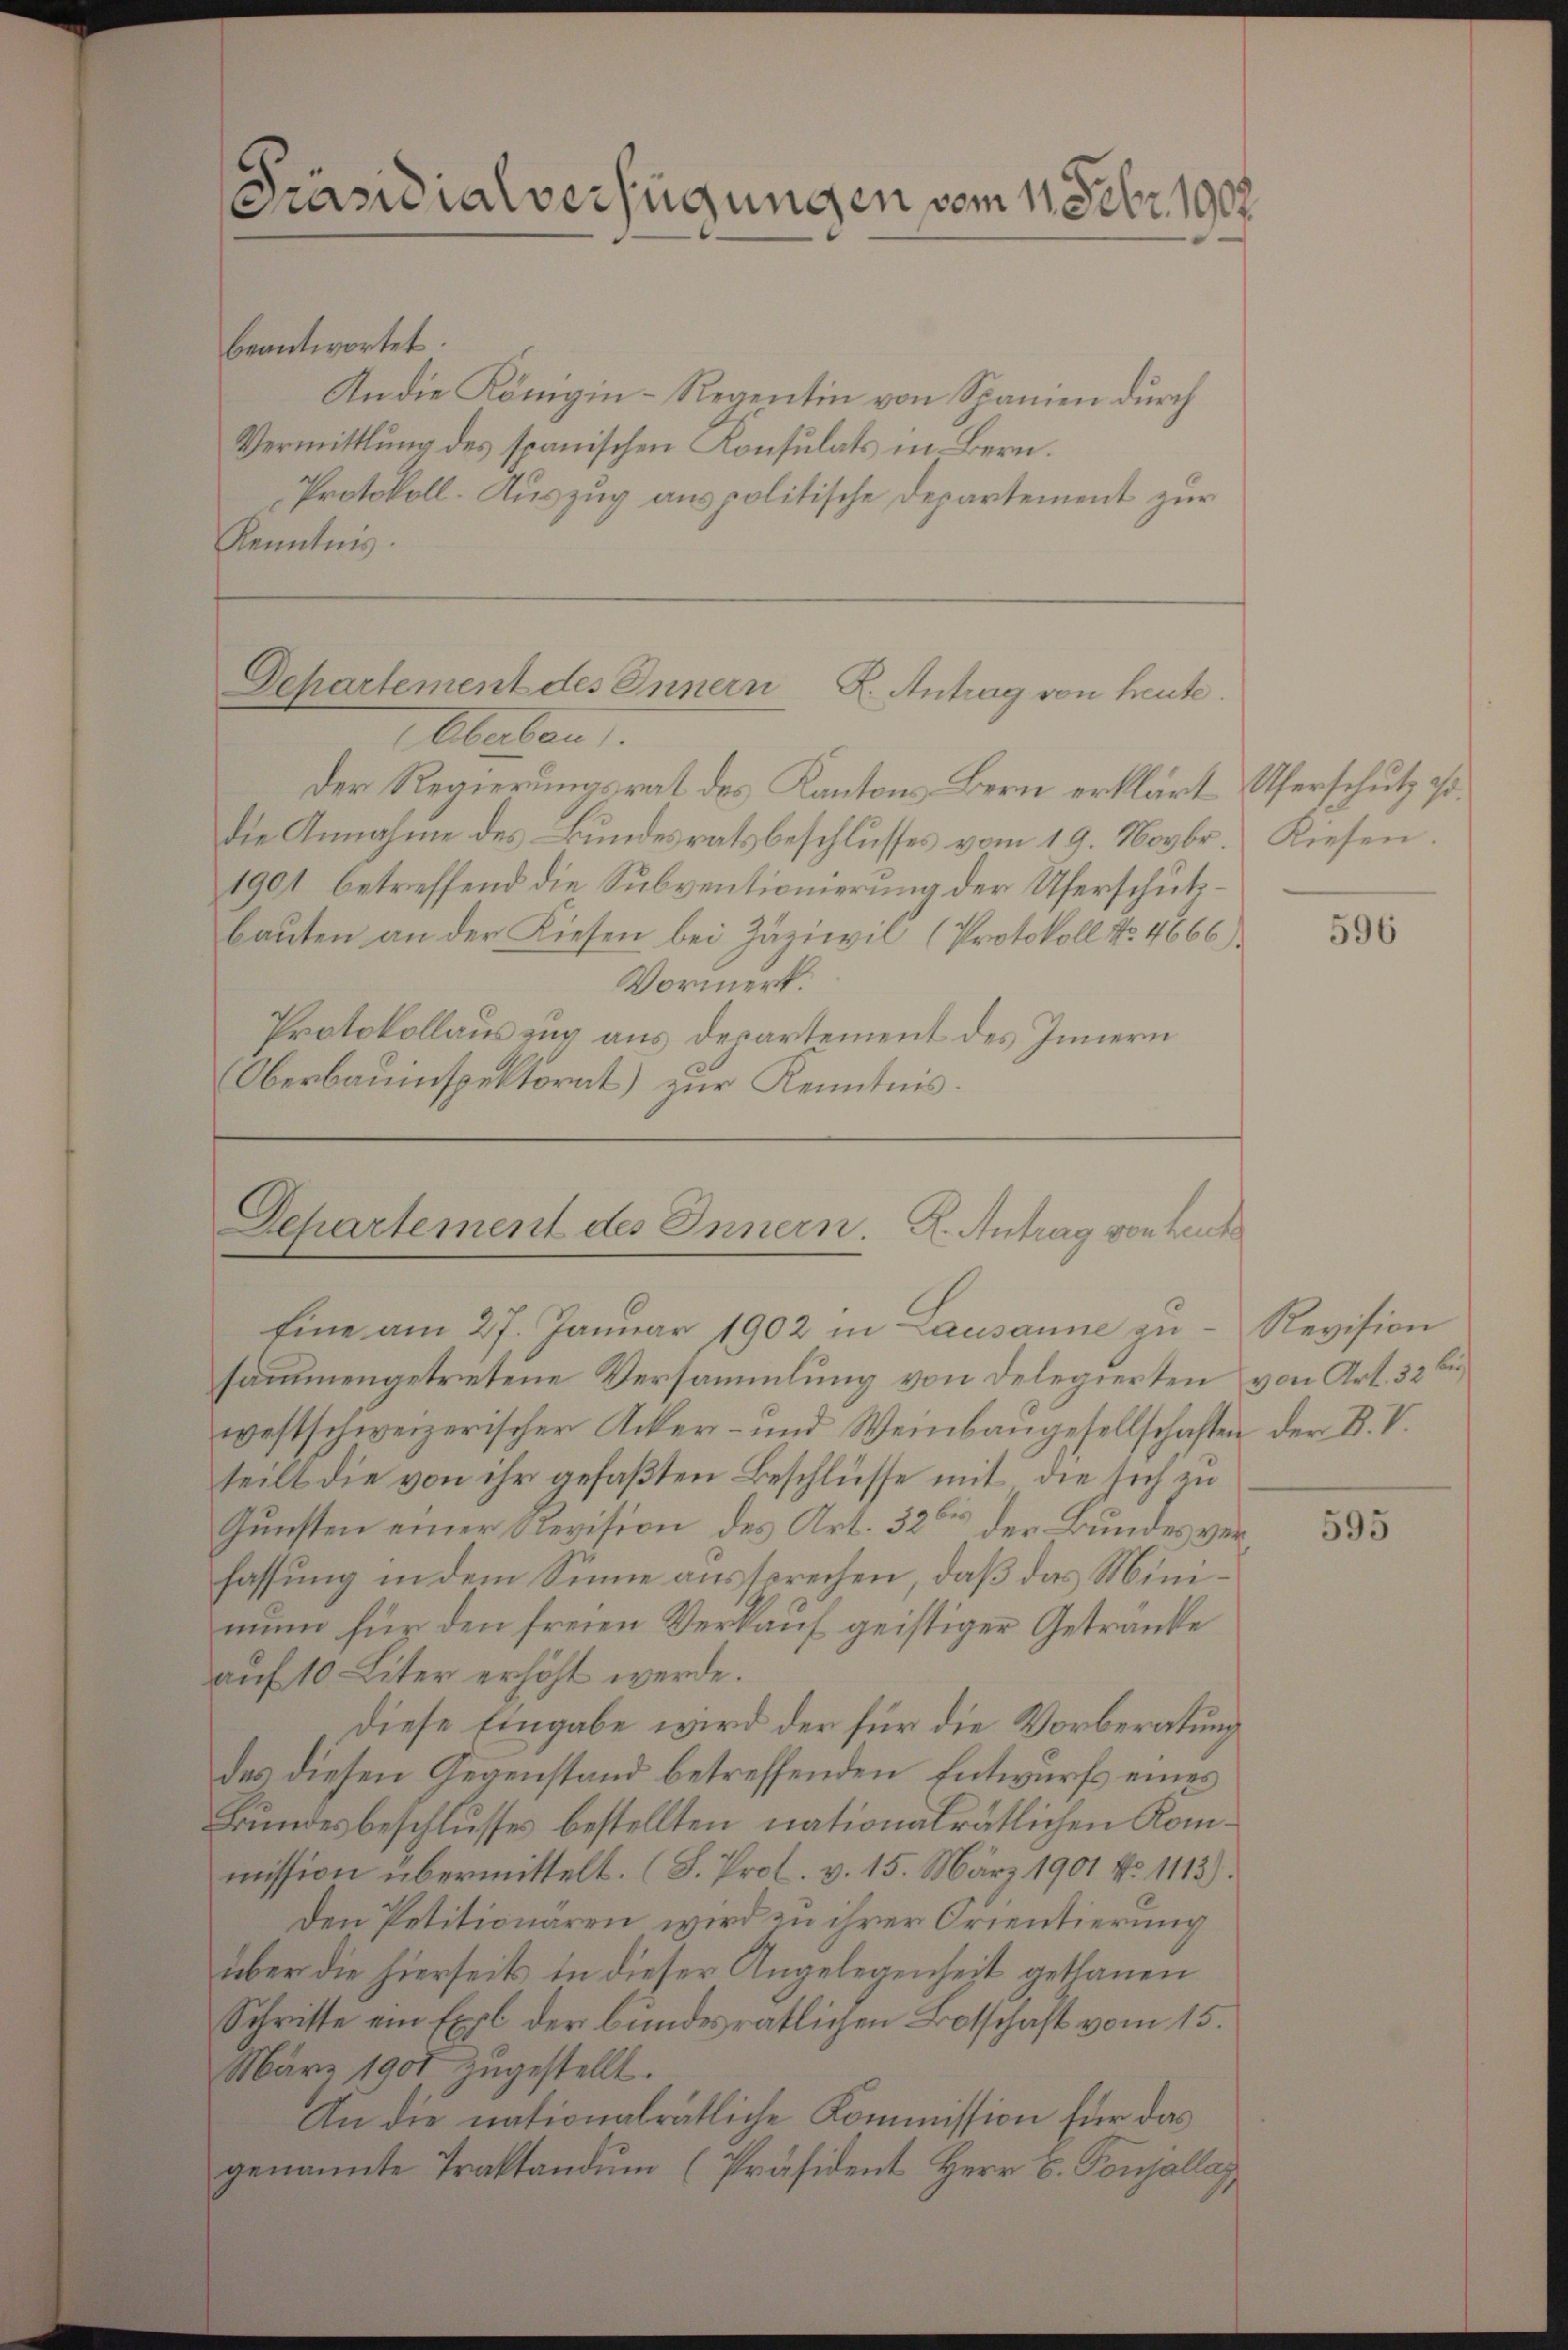
Präsidialverfügungen vom 11. Febr. 1902.

beantwortet.
An die Königin-Regentin von Spanien durch
Vermittlung des spanischen Konsulats in Bern.
Protokoll. Auszug aus politische Departement zur
Kenntnis.

Departement des Innern K. Antrag von heute.

Eberban
Der Regierungsrat des Kantons Bern erklärt Uferschutz sodie Annahme des Bundesratsbeschlusses vom 19. Novbr. Kiesen.
1901 betreffend die Subventionierung der Uferschutzbauten an der Kiesen bei Zaziwil (Protokoll No 4666)
Vormerk.
Protokollauszug aus departement des Innern
Oberbauinspektorat) zur Kenntnis.

Departement des Innern. R. Antrag von heute
Eine am 27. Januar 1902 in Lausanne zu¬

sammengetretene Versammlung von delegierten von Art. 32 f
westschweizerischer Acker- und Weinbaugesellschaften der B. V.
teilt die von ihr gefaßten Beschlüsse mit die sich zu
Gunsten einer Revision des Art. 326 der Bundes verfassung in dem Sinne aussprechen, daß das Minimun für den freien Verkauf geistiger Getranke
auf 10 Liter erhöht werde.
Diese Eingabe wird der für die Vorberatung
des diesen Gegenstand betreffenden Entwurfs eines
Bundesbeschlusses bestellten nationalrätlichen Kommission übermittelt. (S. Prof. v. 15. März 1901 No 1113).
Den Petitionaren wird zu ihrer Orientierung
über die hierseits in dieser Angelegenheit gethanen
Schritte ein Expl der bundesrätlichen Botschaft vom 15.
März 1901 zŭgestellt.
An die nationalrätliche Kommission für das
genannte Traktandum (Präsident Herr V. Ponjallas

596

Revision

595